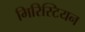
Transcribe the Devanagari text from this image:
मिरिस्टियन